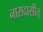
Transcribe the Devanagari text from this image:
नासदासीत्